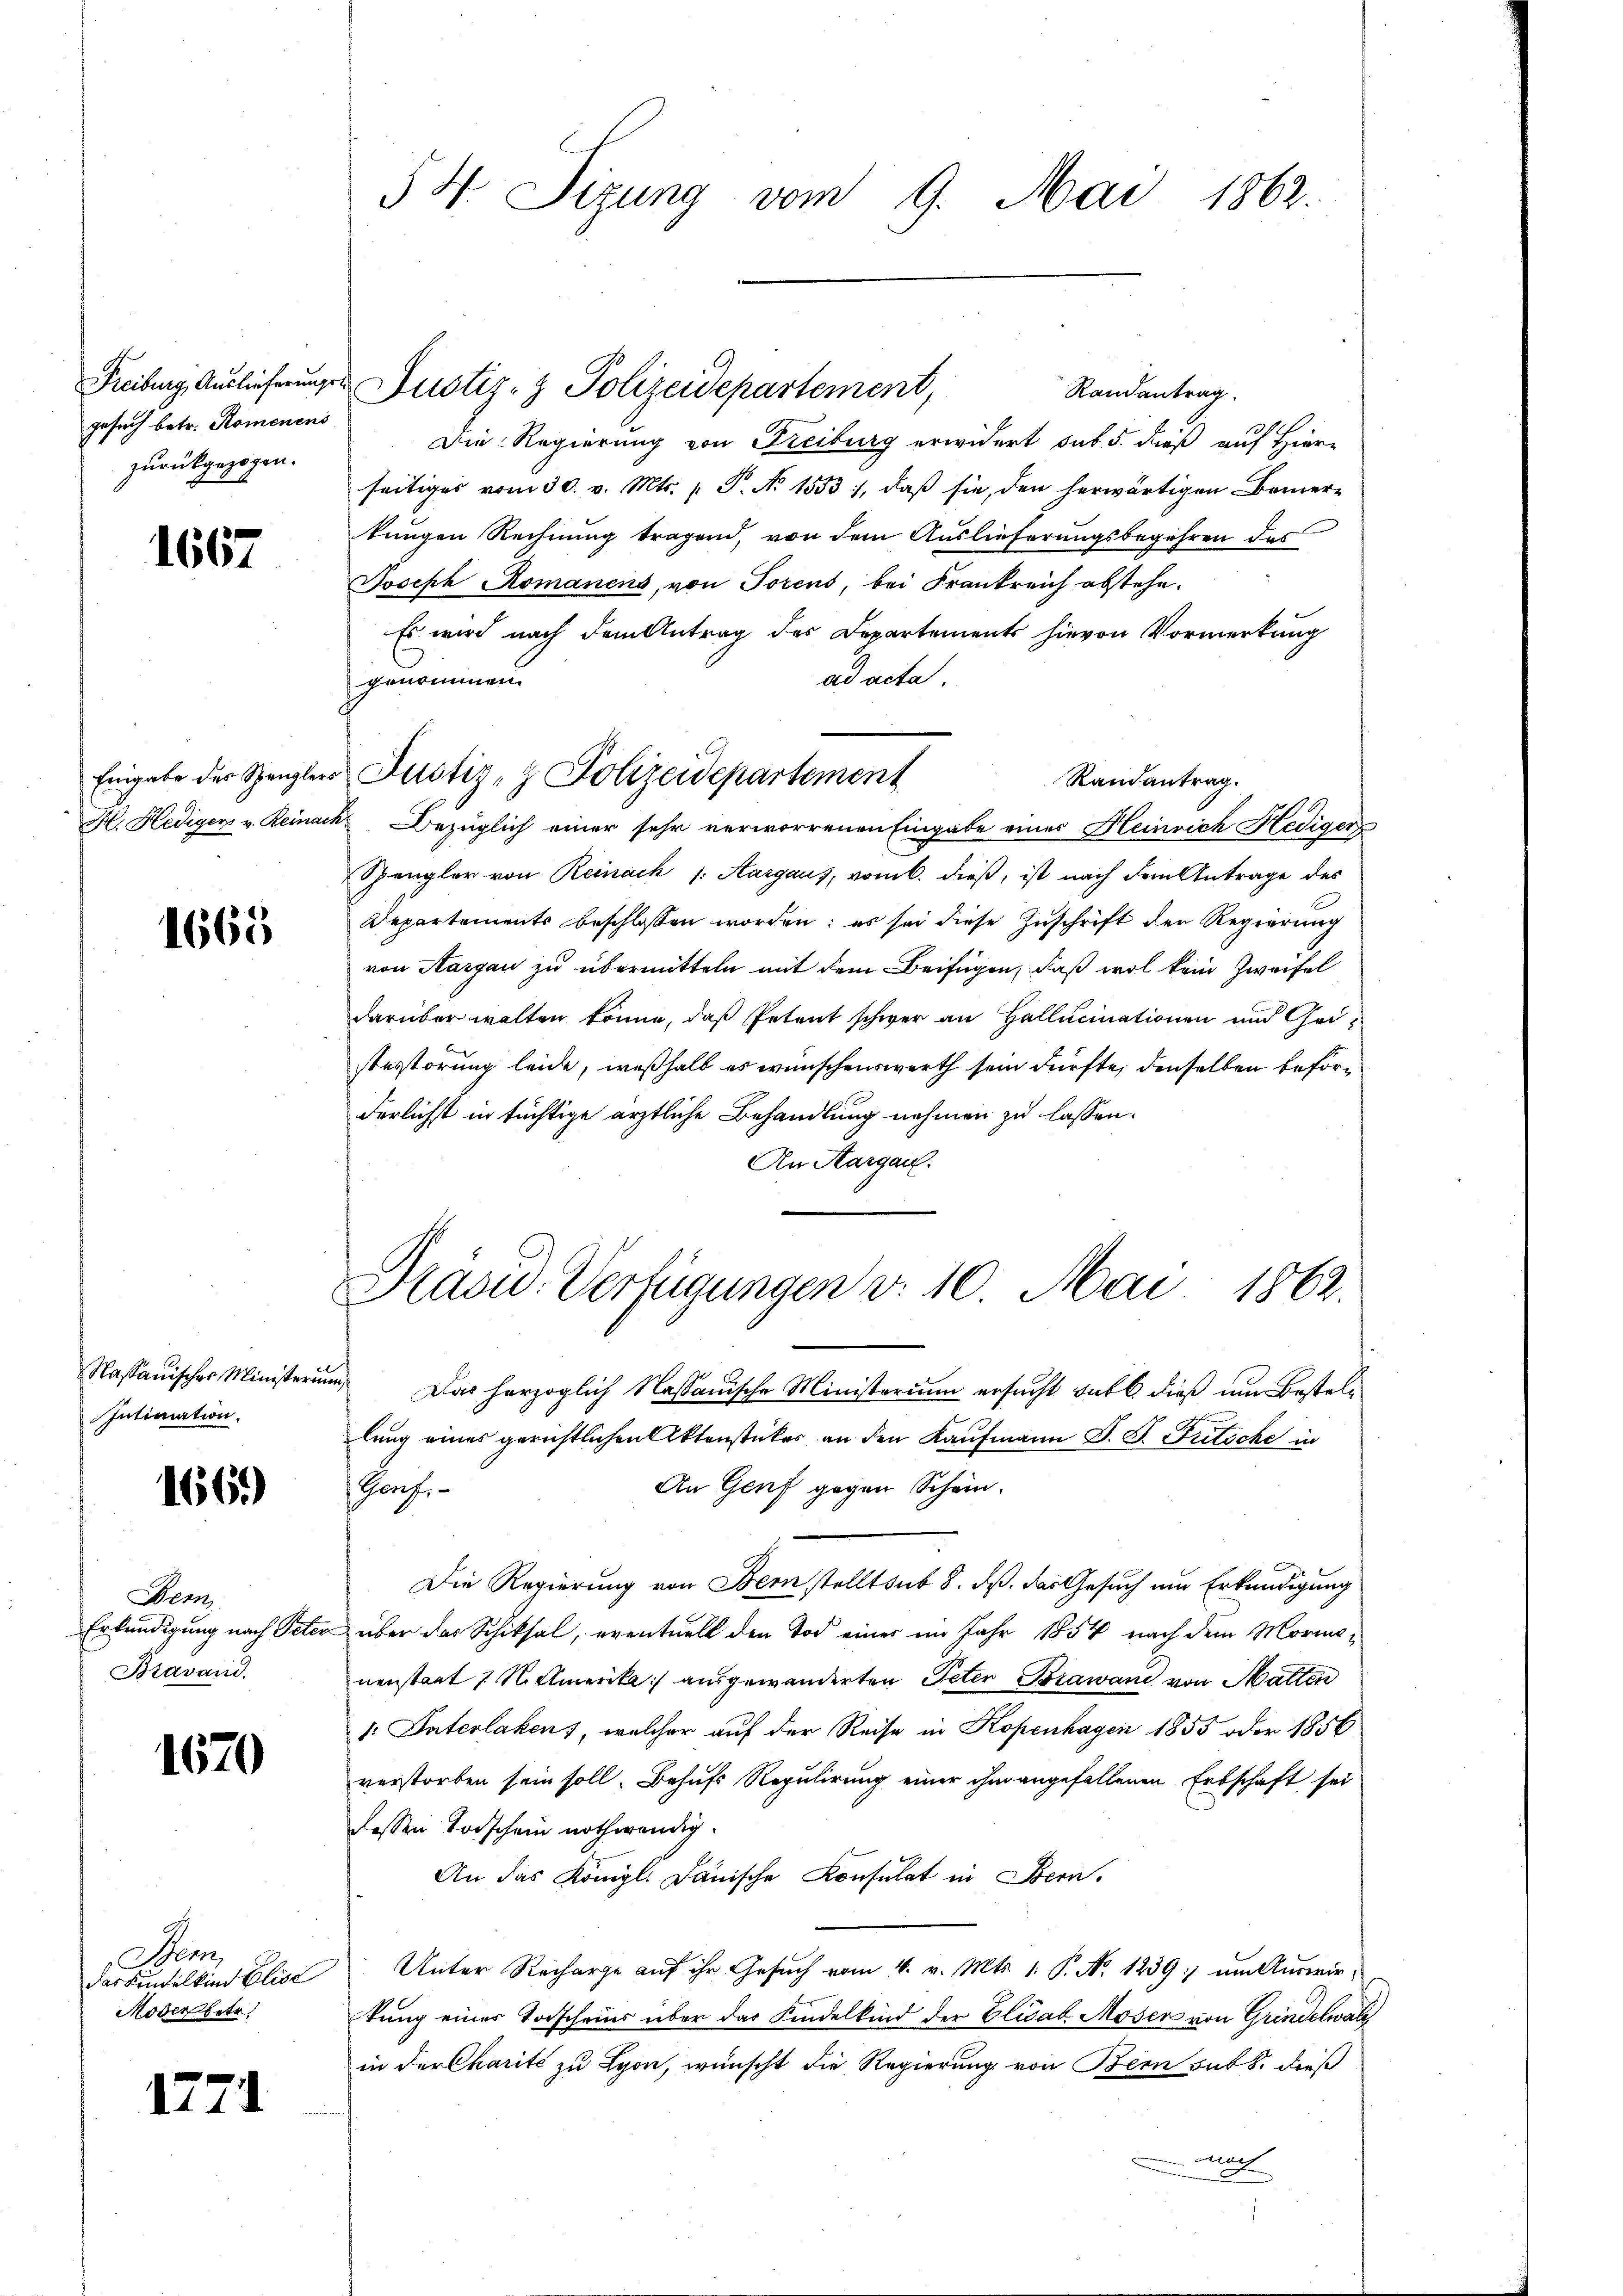
gesuch betr. Romenens
zurückgezogen.

1667

1665

Intimation.

166)

Bern,
Bravand.

1670

Stem
Moder betr

1771

Randantrag
Die Regierung von Freiburg erwidert sub 5. dieß auf Hier-
seitiges vom 30. v. Mts. (T. No 1553, daß sie, den herwärtigen Bemertungen Rechnung tragend, von dem Auslieferungsbegehren des
Joseph Romanens, von Torens, bei Frankreich abstehe.
Es wird nach dem Antrag des Departements hievon Vormerkung
ad acta.
genommen.
Randantrag.
H. Hediger v. Reinack, Bezüglich einer sehr verworrenen Eingabe einer Heinrich Hediger
Spengler von Reinach s. Aargaus, vom 6. dieβ, ist nach dem Antrage des
Departements beschlossen worden; es sei diese Zŭschrift der Regierung
von Aargau zu übermitteln mit dem Beifügen, daß wol kein Zweifel
darüber walten könne, daß Petent schwer an Hallucinationen und Geisterstörung leide, weßhalb es wünschenswerth sein dürfte, denselben beförderlichst in tüchtige ärztliche Behandlung nehmen zu lassen.
An Aargau.

54. Sizung vom 9. Mai 1862.

Freiburg, Auslieferungs Justiz- & Polizeidepartement,

Eingabe der Spengler Justiz- & Polizeidepartement

Präsid. Verfügungen v. 10. Mai 1862.

Nassauischer Ministerim Das herzoglich Nassauische Ministerium ersucht dabei dieß um Bestellung eines gerichtlichen Aktenstückes an den Kaufmann J. J. Fritsche in
An Genf gegen Schön.
Genf
Die Regierung von Bern stellt sub 8. ds. das Gesuch um Erkundigung
Erkundigung nach Peter über das Schiksal, eventuell den Tod einer im Jahr 1854 nach dem Morianenstaat N. Amerika) ausgewanderten Peter Biawand von Malten
. Interlaken, welcher auf der Reise in Kopenhagen 1855 oder 1856
verstorben sein soll. Behufs Regulirung einer ihm angefallenen Erbschaft sei
dessen Todschein nothwendig.
An das Königl. Janische Konsulat in Bern.
das Funkelkind Elise Unter Recharge aŭf ihr Gesŭch vom 4. v. Mts. 1. P. No 1239) um Auswirtung eines Torscheins über das Kindelkind der Elisab. Moser von Grindelwal
in der Charité zu Lyon, wünscht die Regierung von Bern sub 8. dieß
nat